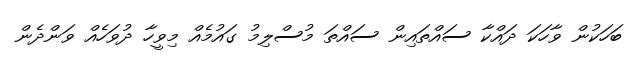
ބަހަކުން ވާހަކަ ދައްކާ ސައްތައިން ސައްތަ މުސްލިމު ގައުމެއް މިވީހާ ދުވަހެއް ވަންދެން